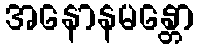
အနောနမန္တော